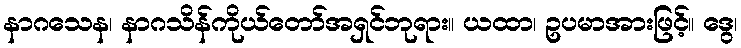
နာဂသေန၊ နာဂသိန်ကိုယ်တော်အရှင်ဘုရား။ ယထာ၊ ဥပမာအားဖြင့်။ ဒွေ၊